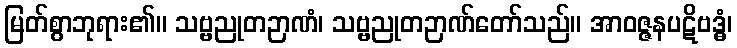
မြတ်စွာဘုရား၏။ သဗ္ဗညုတဉာဏံ၊ သဗ္ဗညုတဉာဏ်တော်သည်။ အာဝဇ္ဇနပဋိဗဒ္ဓံ၊